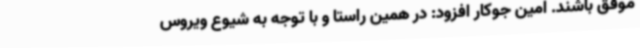
موفق باشند. امین جوکار افزود: در همین راستا و با توجه به شیوع ویروس